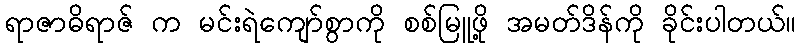
ရာဇာဓိရာဇ် က မင်းရဲကျော်စွာကို စစ်မြူဖို့ အမတ်ဒိန်ကို ခိုင်းပါတယ်။